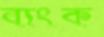
ব্যংক